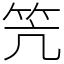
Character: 笐